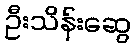
ဦးသိန်းဆွေ